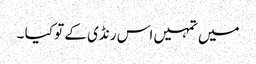
میں تمہیں اس رنڈی کے تو کیا ۔